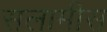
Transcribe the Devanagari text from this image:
सलामीस